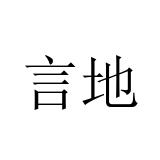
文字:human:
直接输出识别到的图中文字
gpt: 言地